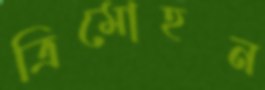
ত্রিমোহন